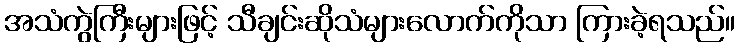
အသံကွဲကြီးများဖြင့် သီချင်းဆိုသံများလောက်ကိုသာ ကြားခဲ့ရသည်။